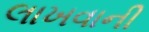
લાખવાની